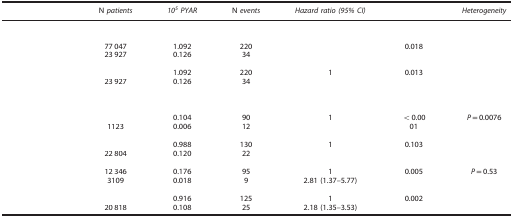
<table><thead><tr><td>[EMPTY_CELL]</td><td><b>N <i>patients</i></b></td><td><b><i>10</i><sup><i>5</i></sup><i>PYAR</i></b></td><td><b>N <i>events</i></b></td><td><b><i>Hazard ratio (95% CI)</i></b></td><td>[EMPTY_CELL]</td><td><b><i>Heterogeneity</i></b></td></tr></thead><tbody><tr><td colspan="7">[EMPTY_CELL]</td></tr><tr><td colspan="7">[EMPTY_CELL]</td></tr><tr><td>[EMPTY_CELL]</td><td>77 047</td><td>1.092</td><td>220</td><td>[EMPTY_CELL]</td><td>0.018</td><td>[EMPTY_CELL]</td></tr><tr><td>[EMPTY_CELL]</td><td>23 927</td><td>0.126</td><td>34</td><td>[EMPTY_CELL]</td><td>[EMPTY_CELL]</td><td>[EMPTY_CELL]</td></tr><tr><td colspan="7">[EMPTY_CELL]</td></tr><tr><td>[EMPTY_CELL]</td><td>[EMPTY_CELL]</td><td>1.092</td><td>220</td><td>1</td><td>0.013</td><td>[EMPTY_CELL]</td></tr><tr><td>[EMPTY_CELL]</td><td>23 927</td><td>0.126</td><td>34</td><td>[EMPTY_CELL]</td><td>[EMPTY_CELL]</td><td>[EMPTY_CELL]</td></tr><tr><td colspan="7">[EMPTY_CELL]</td></tr><tr><td colspan="7">[EMPTY_CELL]</td></tr><tr><td colspan="7">[EMPTY_CELL]</td></tr><tr><td>[EMPTY_CELL]</td><td>[EMPTY_CELL]</td><td>0.104</td><td>90</td><td>1</td><td>&lt;0.00</td><td><i>P</i>=0.0076</td></tr><tr><td>[EMPTY_CELL]</td><td>1123</td><td>0.006</td><td>12</td><td>[EMPTY_CELL]</td><td>01</td><td>[EMPTY_CELL]</td></tr><tr><td colspan="7">[EMPTY_CELL]</td></tr><tr><td>[EMPTY_CELL]</td><td>[EMPTY_CELL]</td><td>0.988</td><td>130</td><td>1</td><td>0.103</td><td>[EMPTY_CELL]</td></tr><tr><td>[EMPTY_CELL]</td><td>22 804</td><td>0.120</td><td>22</td><td>[EMPTY_CELL]</td><td>[EMPTY_CELL]</td><td>[EMPTY_CELL]</td></tr><tr><td colspan="7">[EMPTY_CELL]</td></tr><tr><td>[EMPTY_CELL]</td><td>12 346</td><td>0.176</td><td>95</td><td>1</td><td>0.005</td><td><i>P</i>=0.53</td></tr><tr><td>[EMPTY_CELL]</td><td>3109</td><td>0.018</td><td>9</td><td>2.81 (1.37–5.77)</td><td>[EMPTY_CELL]</td><td>[EMPTY_CELL]</td></tr><tr><td colspan="7">[EMPTY_CELL]</td></tr><tr><td>[EMPTY_CELL]</td><td>[EMPTY_CELL]</td><td>0.916</td><td>125</td><td>1</td><td>0.002</td><td>[EMPTY_CELL]</td></tr><tr><td>[EMPTY_CELL]</td><td>20 818</td><td>0.108</td><td>25</td><td>2.18 (1.35–3.53)</td><td>[EMPTY_CELL]</td><td>[EMPTY_CELL]</td></tr></tbody></table>